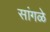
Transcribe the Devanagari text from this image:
सांगळे